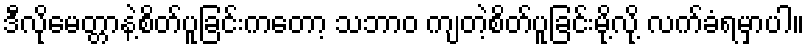
ဒီလိုမေတ္တာနဲ့စိတ်ပူခြင်းကတော့ သဘာဝ ကျတဲ့စိတ်ပူခြင်းမို့လို့ လက်ခံရမှာပါ။